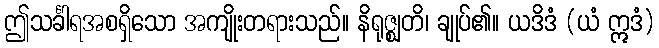
ဤသင်္ခါရအစရှိသော အကျိုးတရားသည်။ နိရုဇ္ဈတိ၊ ချုပ်၏။ ယဒိဒံ (ယံ ဣဒံ)